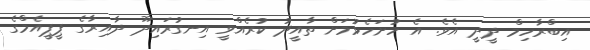
އިބްރާހިމް ދީދީ އެވެ. އެ ހުށަހެޅުމަށް ތާއީދު ކުރެއްވީ އިނގުރައިދޫ ދާއިރާގެ ޕީޕީއެމްގެ